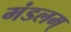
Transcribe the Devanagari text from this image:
मंडलम्‌